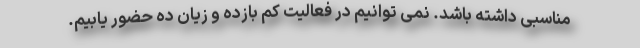
مناسبی داشته باشد. نمی توانیم در فعالیت کم بازده و زیان ده حضور یابیم.